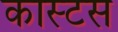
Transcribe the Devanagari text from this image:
कास्टस